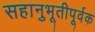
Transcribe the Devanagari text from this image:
सहानुभूतीपूर्वक